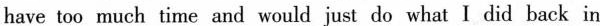
have too much time and would just do what I did back in